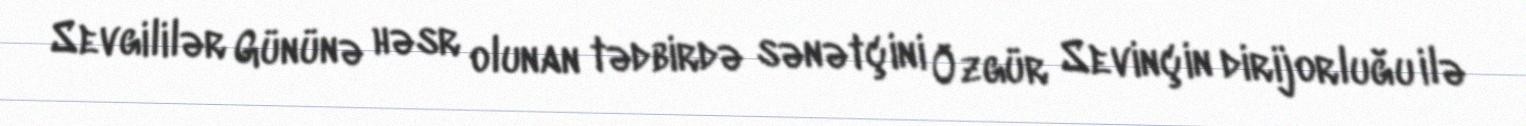
Sevgililər Gününə həsr olunan tədbirdə sənətçini Özgür Sevinçin dirijorluğu ilə